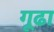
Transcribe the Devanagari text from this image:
गूढा